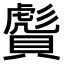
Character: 𧷠